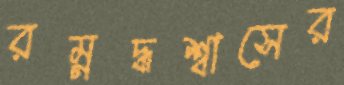
রম্নদ্ধশ্বাসের